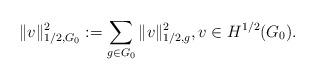
LaTeX: \begin{align*} \|v\|_{1/2,G_0}^2 := \sum_{g\in G_0} \|v\|_{1/2,g}^2, v\in H^{1/2}(G_0).\end{align*}